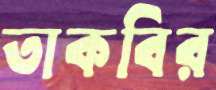
তাকবির